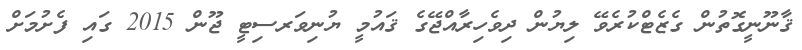
ޤާނޫނީގޮތުން ގެޒެޓްކުރެވޭ ލިޔުން ދިވެހިރާއްޖޭގެ ޤައުމީ ޔުނިވަރސިޓީ ޖޫން 2015 ގައި ފެށުމަށް